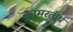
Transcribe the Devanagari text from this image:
कामरतीर्थ